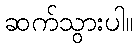
ဆက်သွားပါ။